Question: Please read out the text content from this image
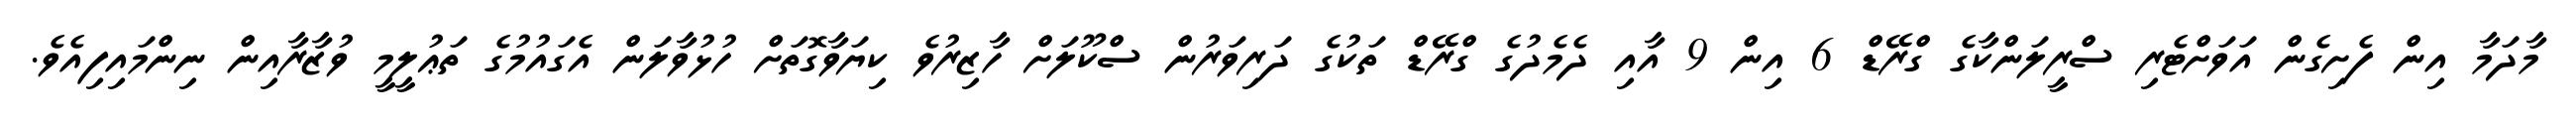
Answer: މާދަމާ އިން ފެށިގެން އަވަށްޓެރި ސްރީލަންކާގެ ގްރޭޑް 6 އިން 9 އާއި ދެމެދުގެ ގްރޭޑް ތަކުގެ ދަރިވަރުން ސްކޫލަށް ހާޒިރުވެ ކިޔަވާގޮތަށް ހުޅުވާލަން އެގައުމުގެ ތަޢުލީމީ ވުޒާރާއިން ނިންމައިފިއެވެ.